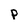
Character: P